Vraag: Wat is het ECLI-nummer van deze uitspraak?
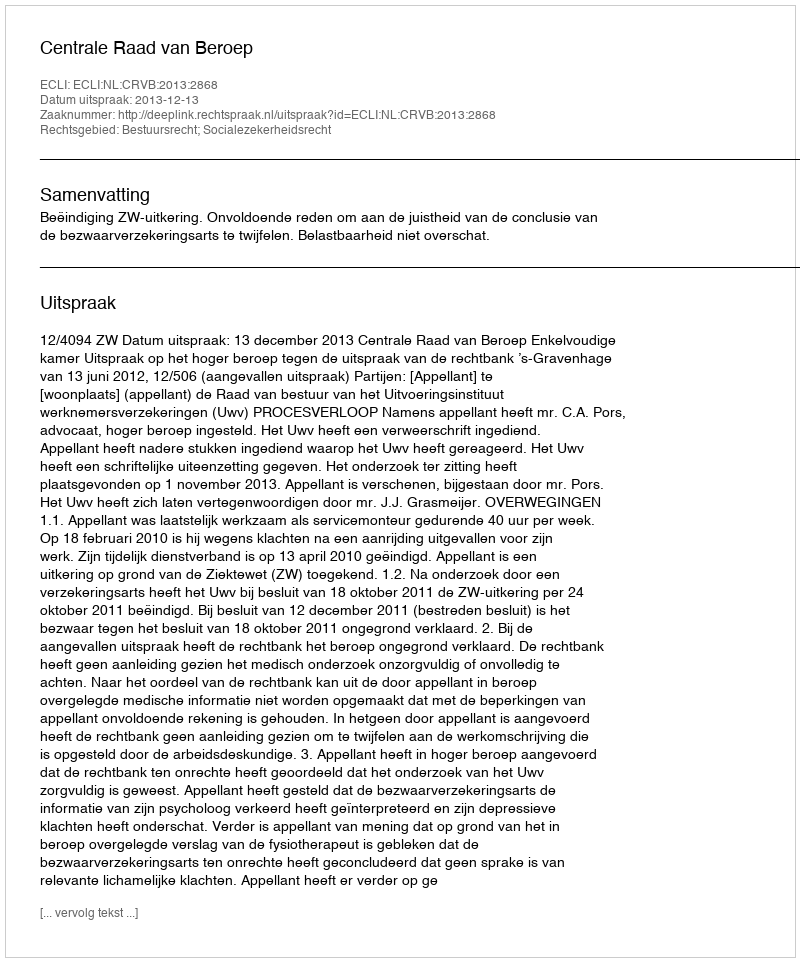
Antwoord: ECLI:NL:CRVB:2013:2868